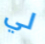
لي